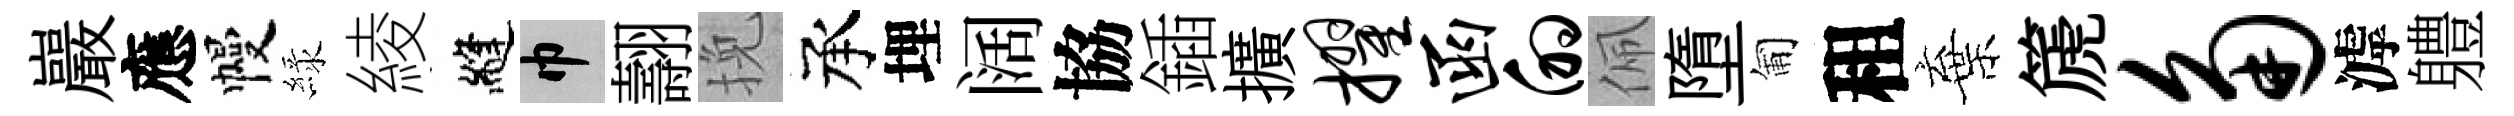
巖應幔緑綾縫巾翿挽承埋阔協鍤擴擢函的佩墮匍租棄篪角滹軆